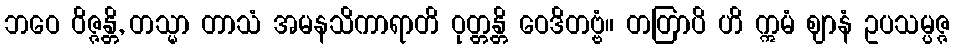
ဘဝေ ဝိဇ္ဇန္တိ, တသ္မာ တာသံ အမနသိကာရာတိ ဝုတ္တန္တိ ဝေဒိတဗ္ဗံ။ တတြာပိ ဟိ ဣမံ ဈာနံ ဥပသမ္ပဇ္ဇ